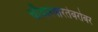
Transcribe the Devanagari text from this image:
चौवारंवारतेबरोबर